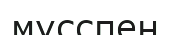
мусспен